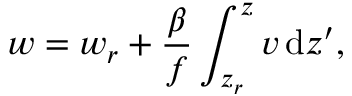
w = w _ { r } + \frac { \beta } { f } \int _ { z _ { r } } ^ { z } v \, \mathrm { d } z ^ { \prime } ,